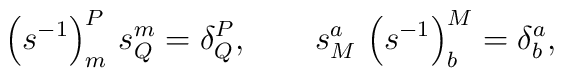
\left( s^{-1}\right) _{m}^{P}\,  s_{Q}^{m}=\delta^P_Q,\qquad  s_{M}^{a}\,\left(s^{-1}\right) _{b}^{M}=\delta^a_b,